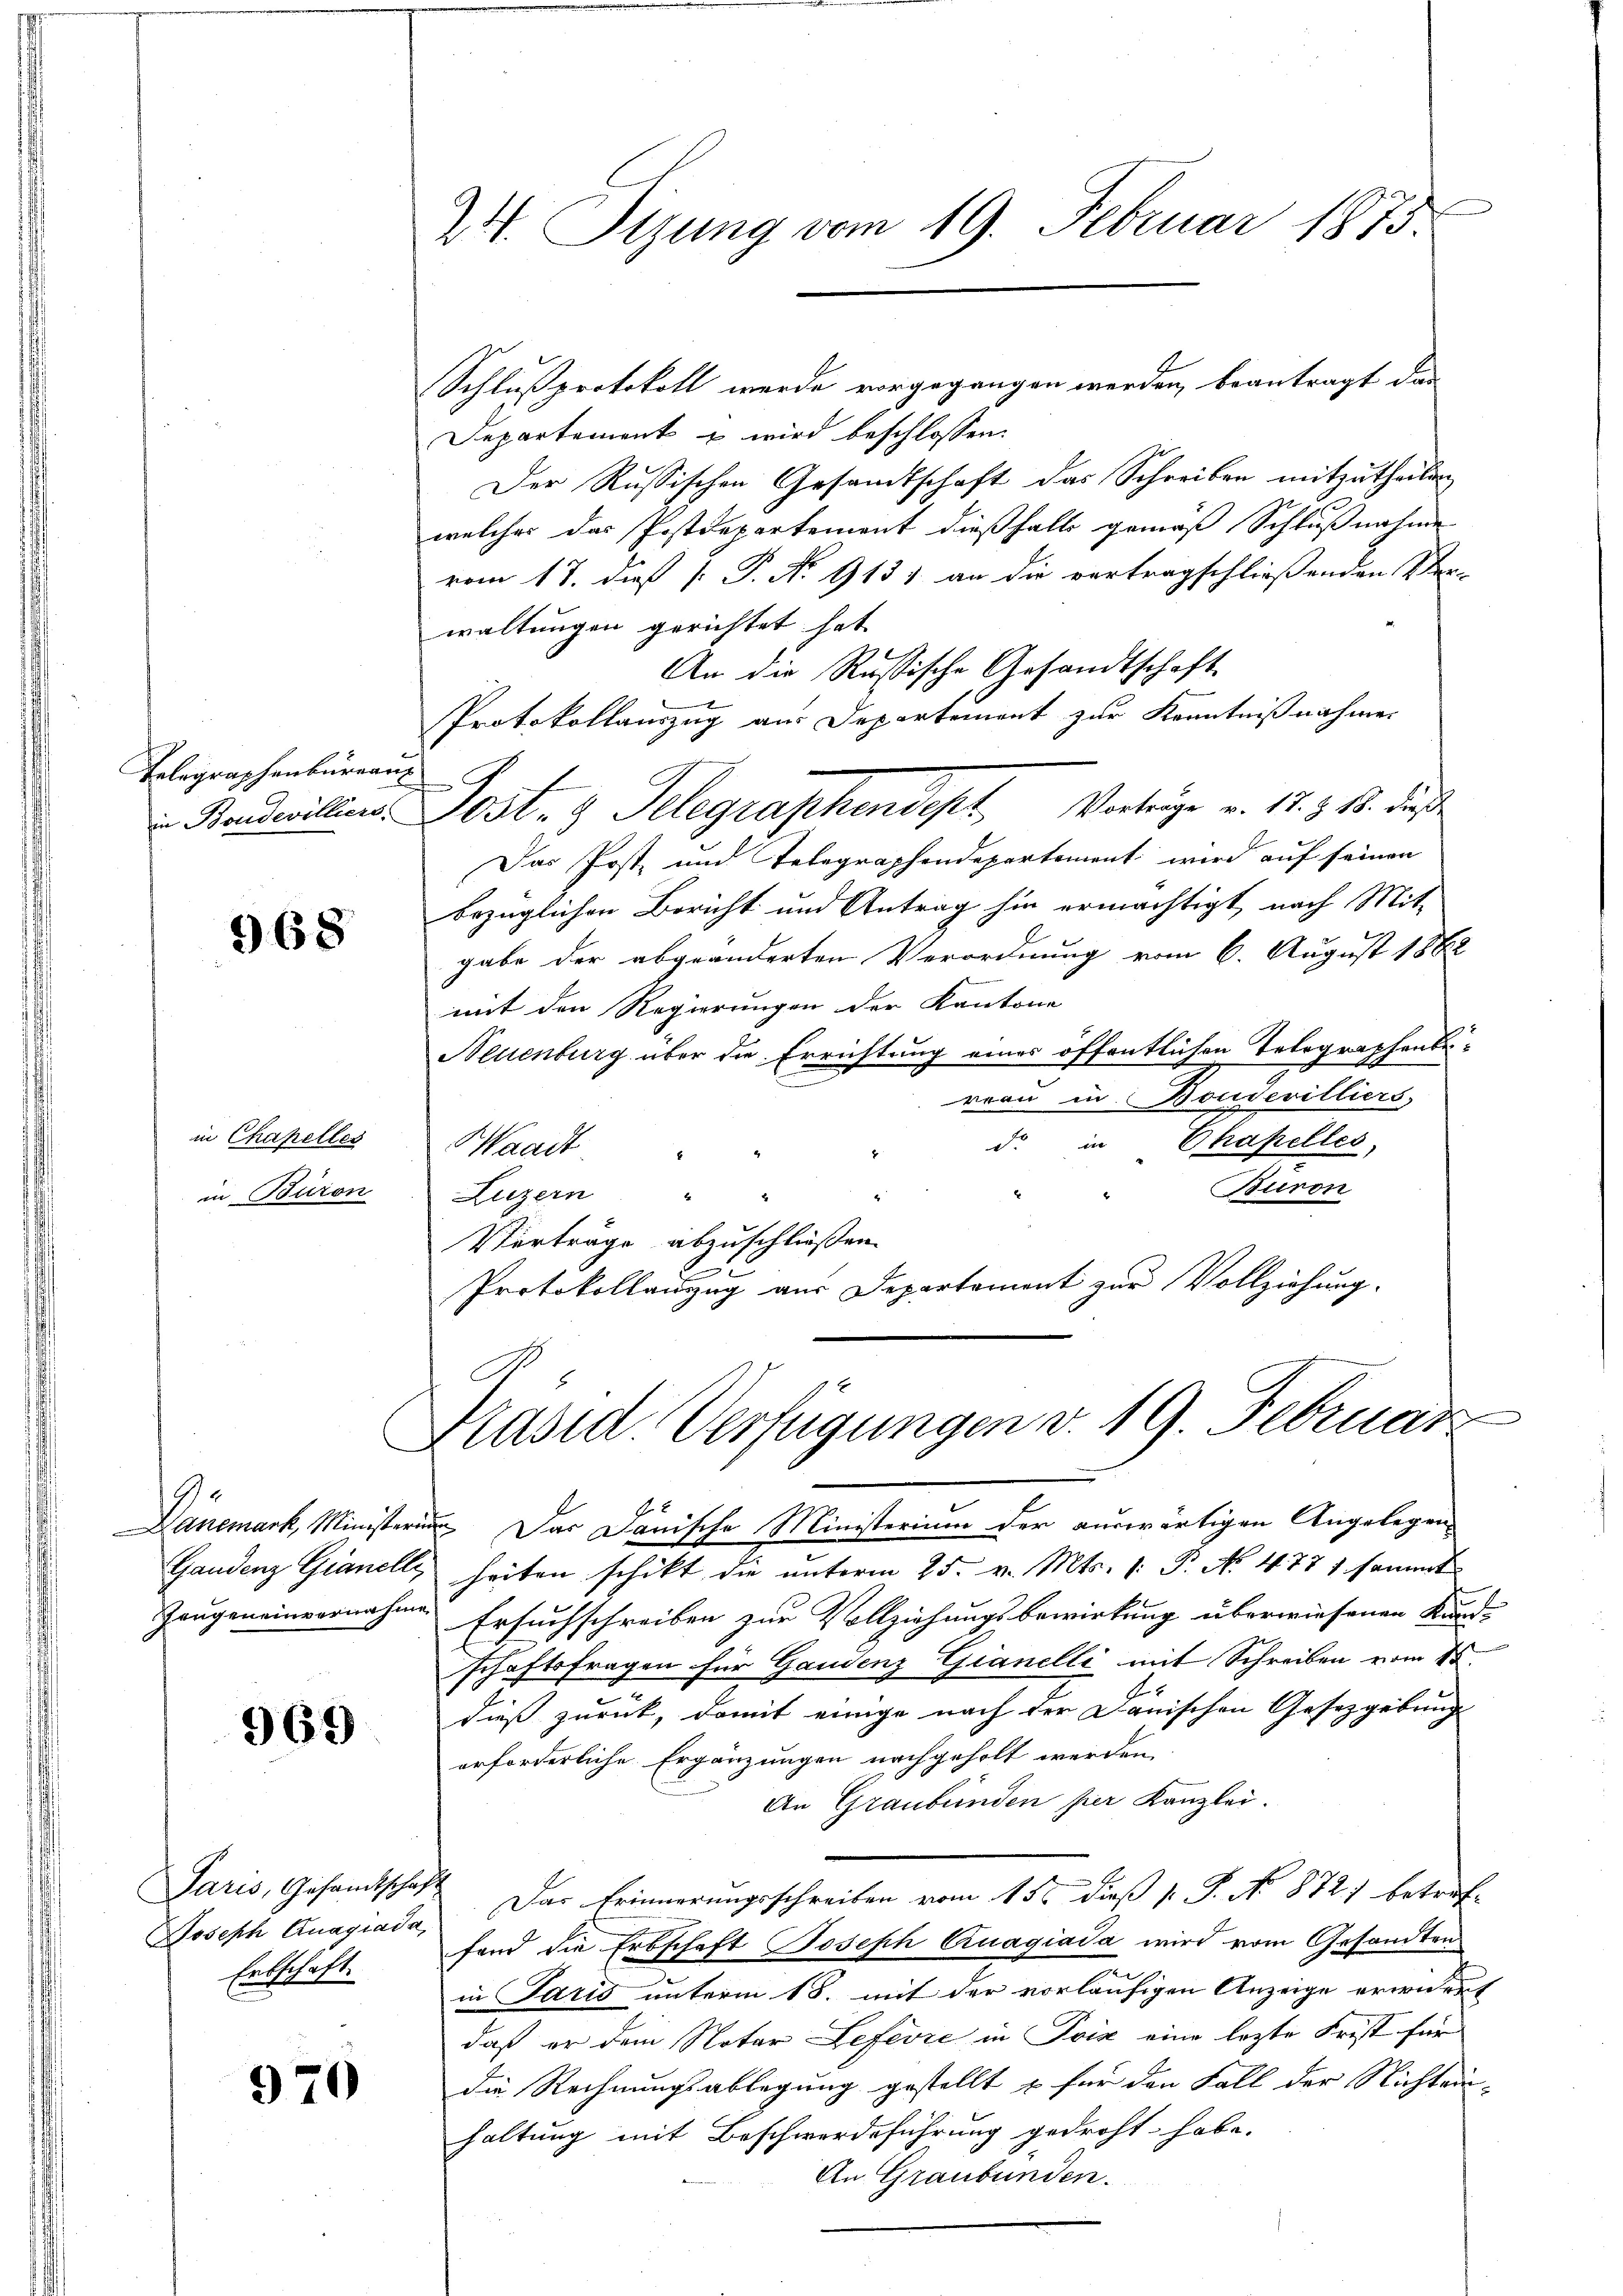
Telegraphenbureau

968

in Chapelles
in Baron

Dänemark, Ministeri
Gandenz Gianelli
Zeugeneinvernahme

969

Paris, Gesandtschaft
Joseph Anagiada,
Erbschaft.

970

24. Tizung vom 19. Februar 1873.

Schlußprotokoll wurde vorgegangen werden, beantragt das
Departement u wird beschlossen:
Der Russischen Gesandtschaft das Schreiben mitzutheilen
welches das Postdepartement dießfalls gemäß Schlußnahme
vom 17. dieß P. No 913) an die vertragschließenden Ver-
waltungen gerichtet hat
An die Russische Gesandtschaft
Protokollauszug aus Departement zur Kenntnißnahmen
in Bandwillens Jost 3 Telegraphendept Vortrage v. 17. & 18. dieß
Das Post- und Telegraphendepartement wird auf seinen
bezüglichen Bericht und Antrag hin ermächtigt, nach Mit-
gabe der abgeänderten Verordnung vom 6. August 1882
mit den Regierungen der Kantone
Neuenburg über die Errichtung eines öffentlichen Telegraphenbereau in Boudevilliers,
d. in Chapelles,
Waadt
Buron
Luzern
Verträge abzuschließen. |
2
Protokollauszug aus Departement zur Vollziehung.

Präsid. Verfügungen v. 19. Februar

Das Dänische Ministerium der auswärtigen Angelegen-
heiten schikt die unterm 25. v. Mts. 1. P. No. 477 1 sammt
Ersuchschreiben zur Vollziehungsbewirkung überwiesenen Kund-
schaftsfragen für Gaudenz Gianelli mit Schreiben vom 15
dieß zurück, damit einige nach der Dänischen Gesetzgebung
erforderliche Ergänzungen nachgeholt werden.
An Graubünden per Kanzlei.
Das Erinnerungsschreiben vom 15ten dieß P. P. No 8727 betreffand die Erbschaft Joseph Quagiada wird vom Gesandten
a
in Paris unterm 18. mit der vorläufigen Anzeige erwidert
daß er dem Notar Lefevre in Poix eine lezte Frist für
Die Rechnungsablegung gestellt u für den Fall der Nichtein-
haltung mit Beschwerdeführung gedroht habe.
An Graubünden.